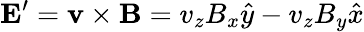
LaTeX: \mathbf{E^{\prime}}=\mathbf{v}\times\mathbf{B}=v_{z}B_{x}{\hat{y}}-v_{z}B_{y}{\hat{x}}